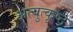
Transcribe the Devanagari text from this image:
अत्युुत्कृष्ट